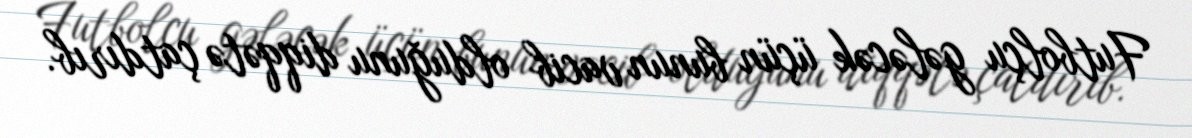
Futbolçu gələcək üçün bunun vacib olduğunu diqqətə çatdırıb.